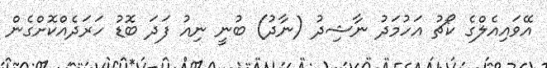
އޭވައިއެލްގެ ކޯޗު އަހުމަދު ނާޝިދު (ނާދު) ބުނީ ނިއު ފަދަ ބޮޑު ހަރަދެއްކޮށްގެން